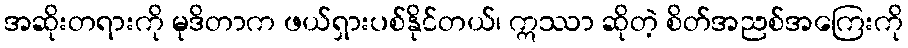
အဆိုးတရားကို မုဒိတာက ဖယ်ရှားပစ်နိုင်တယ်၊ ဣဿာ ဆိုတဲ့ စိတ်အညစ်အကြေးကို